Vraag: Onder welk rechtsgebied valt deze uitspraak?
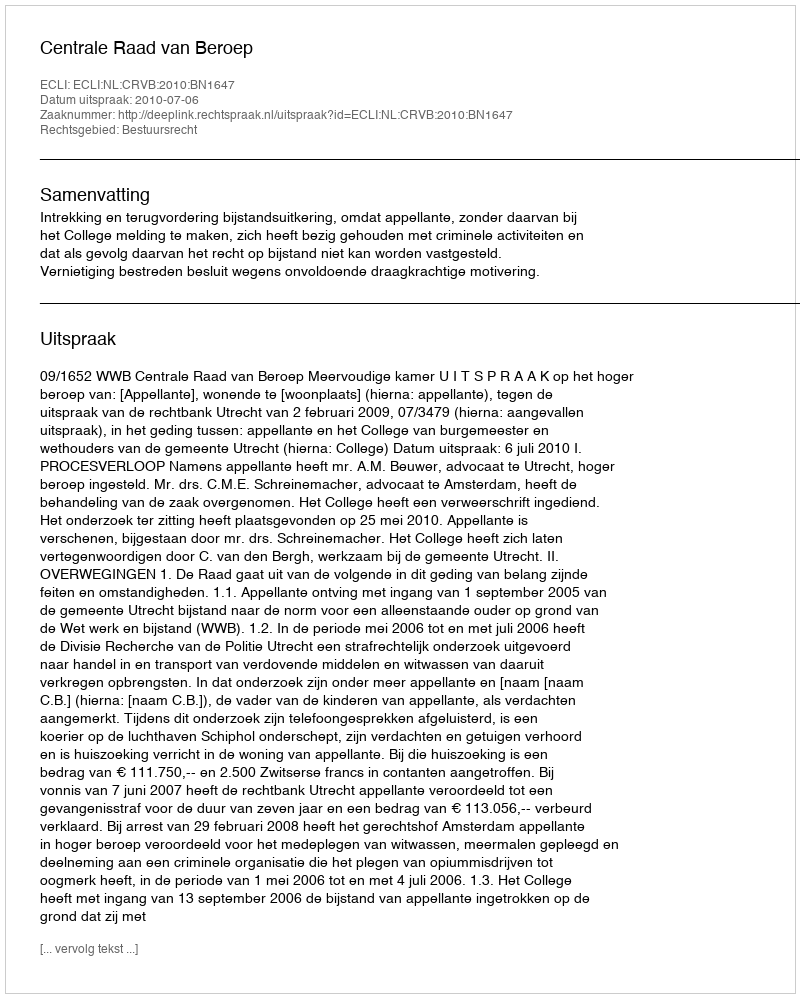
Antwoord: Bestuursrecht